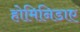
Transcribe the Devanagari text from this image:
होमिनिडाए